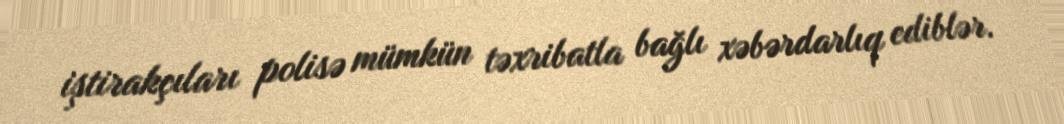
iştirakçıları polisə mümkün təxribatla bağlı xəbərdarlıq ediblər.